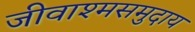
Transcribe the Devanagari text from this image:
जीवाश्मसमुदाय